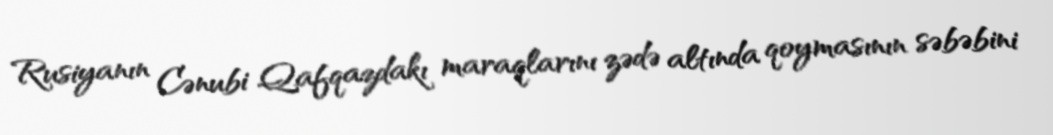
Rusiyanın Cənubi Qafqazdakı maraqlarını zədə altında qoymasının səbəbini